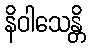
နိဝါသေန္တိ